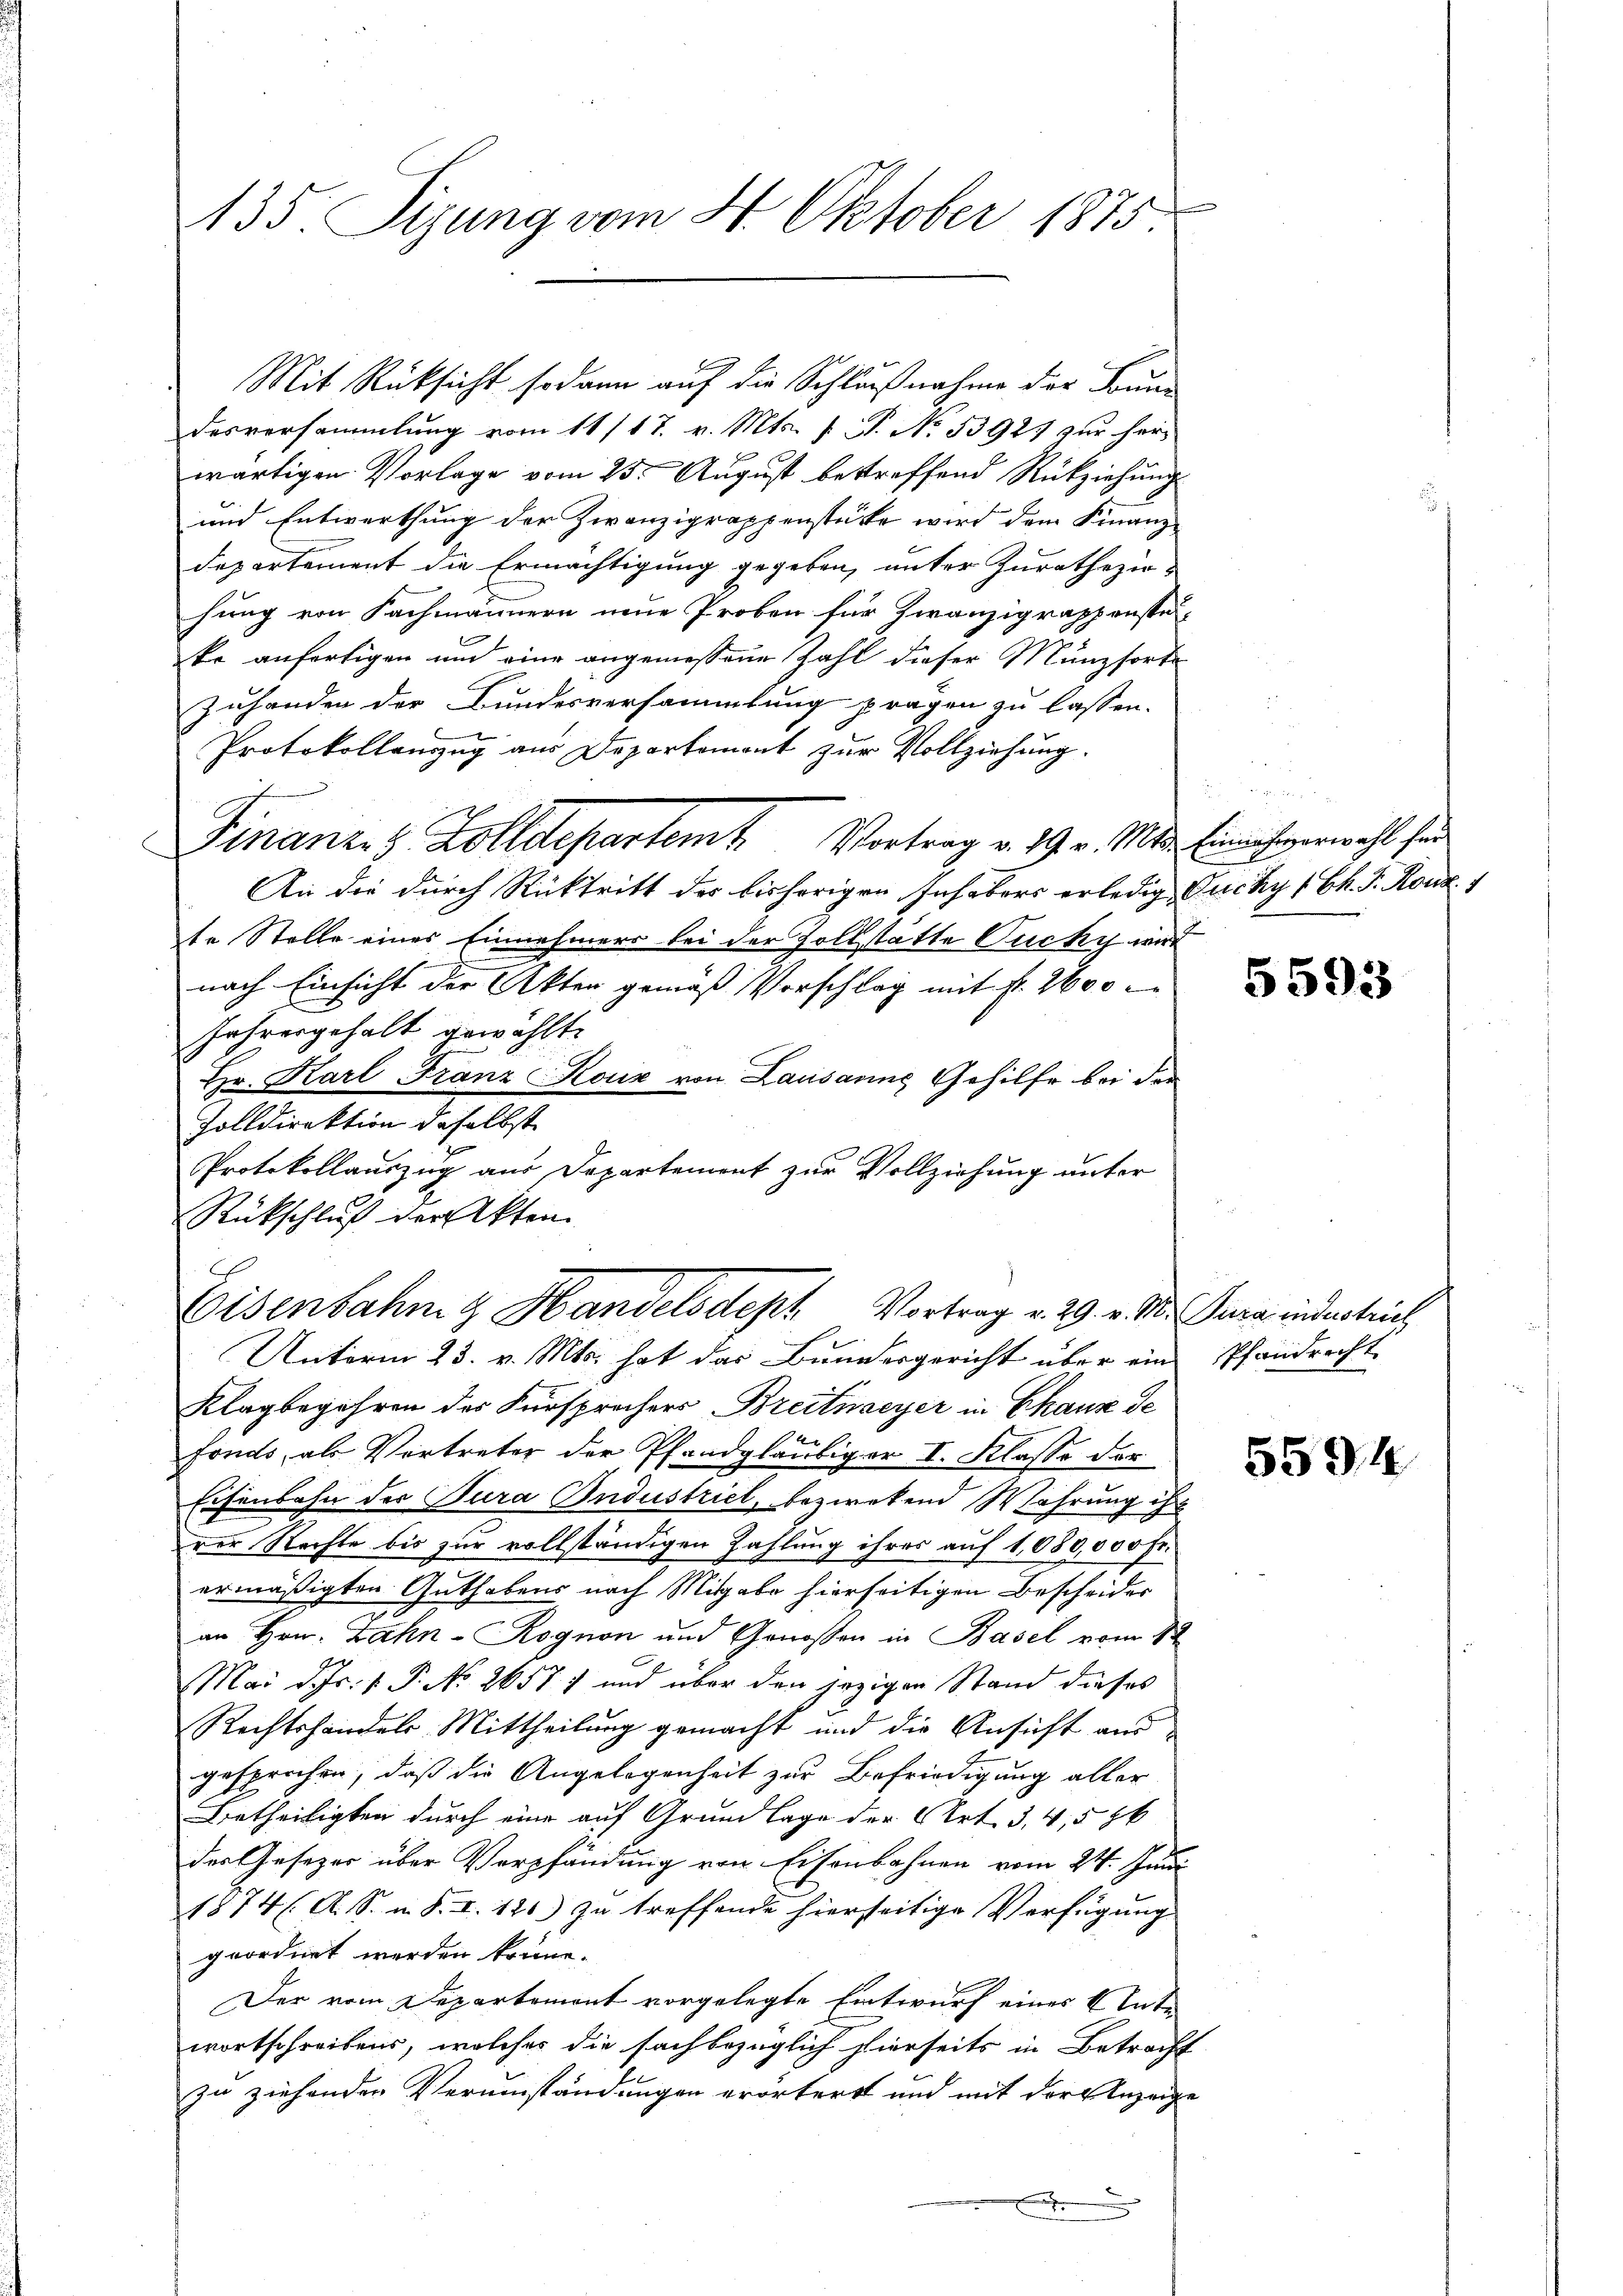
135. Sizung vom 4. Oktober 1875

Mit Rücksicht sodann auf die Schlußnahme der Sonndesversammlung vom 11/17. v. Mts. (T. No. 53925 zur herwärtigen Vorlage vom 25. August bestreffend Rückziehung
und Entwerthung der Zwanzigrappenstücke wird dem Finanz-
departement die Ermächtigung gegeben, unter Zuratheziohung von Fachmännern neue Proben für Zwanzigrappenstei
ko anfertigen und eine angemessene Zahl dieser Münzsorte
Zuhanden der Bundesversammlung prägen zu lassen.
Protokollanzug aus Departemont zur Vollziehung.
Finanz- & Zolldepartemt. Vortrag v. 19. v. Mts. Einanzverwahl her
An die durch Rücktritt des bisherigen Inhabers erledig Fuchy (Ch. F. Konz
te Stelle eines Einnehmers bei der Zollstätte Ouchy wir
nach Einsicht der Akten gemäß Vorschlag mit fr. 2600
Jahresgehalt gewählte
Hr. Karl Franz Kouiz von Lausarins Gehilfe bei den
Zolldirektion daselbst
Protokollauszug aus Departement zur Vollziehung unter
Rückschluß der Akten

Eisenbahn & Handelsdept Vortrag v. 29. v. M. Jura industrich
Unterm 23. v. Mts. hat das Bundesgericht über ein Pfandrecht

Klagbegehren des Fürsprochers Breitnaeyer in Chaux de
Fonds, als Vertreter der Pfandgläubiger I. Klasse der
Eisenbahn der Jura Industriel, bezwekend Wahrung ihr
rer Rechte bis zur vollständigen Zahlung ihres auf 1,080,000 Fr.
ermäßigten Guthabens nach Mitgabe hierseitigen Bescheider
an Hrn. Zahn-Rognon und Genossen in Basel vom 12
Mai d. Js. v. P. No 2657. 7 und über den jezigen Stand dieses
Rechtshandels Mittheilung gemacht und die Ansicht aus
gesprochen, daß die Angelegenheit zur Befriedigung aller
Uetheiligten durch eine auf Grundlage der 6 Art. 3, 4,586
der Gesezes über Verpfändung von Eisenbahnen vom 24. Juni
1874 (A. S. m. S. I. 120) zu treffende hierseitige Verfügung
geordnet werden könne.
Der vom Departement vorgelegte Entwurf einer Unte
wortschreibens, welches die sachbezüglich hierseits in Betracht
zu ziehenden Verumständungen erörterst und mit der Anzeige
d

n

5593

5594